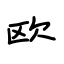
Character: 欧